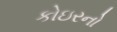
કોઇરનો